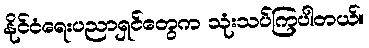
နိုင်ငံရေးပညာရှင်တွေက သုံးသပ်ကြပါတယ်။